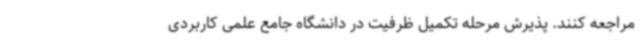
مراجعه کنند. پذیرش مرحله تکمیل ظرفیت در دانشگاه جامع علمی کاربردی